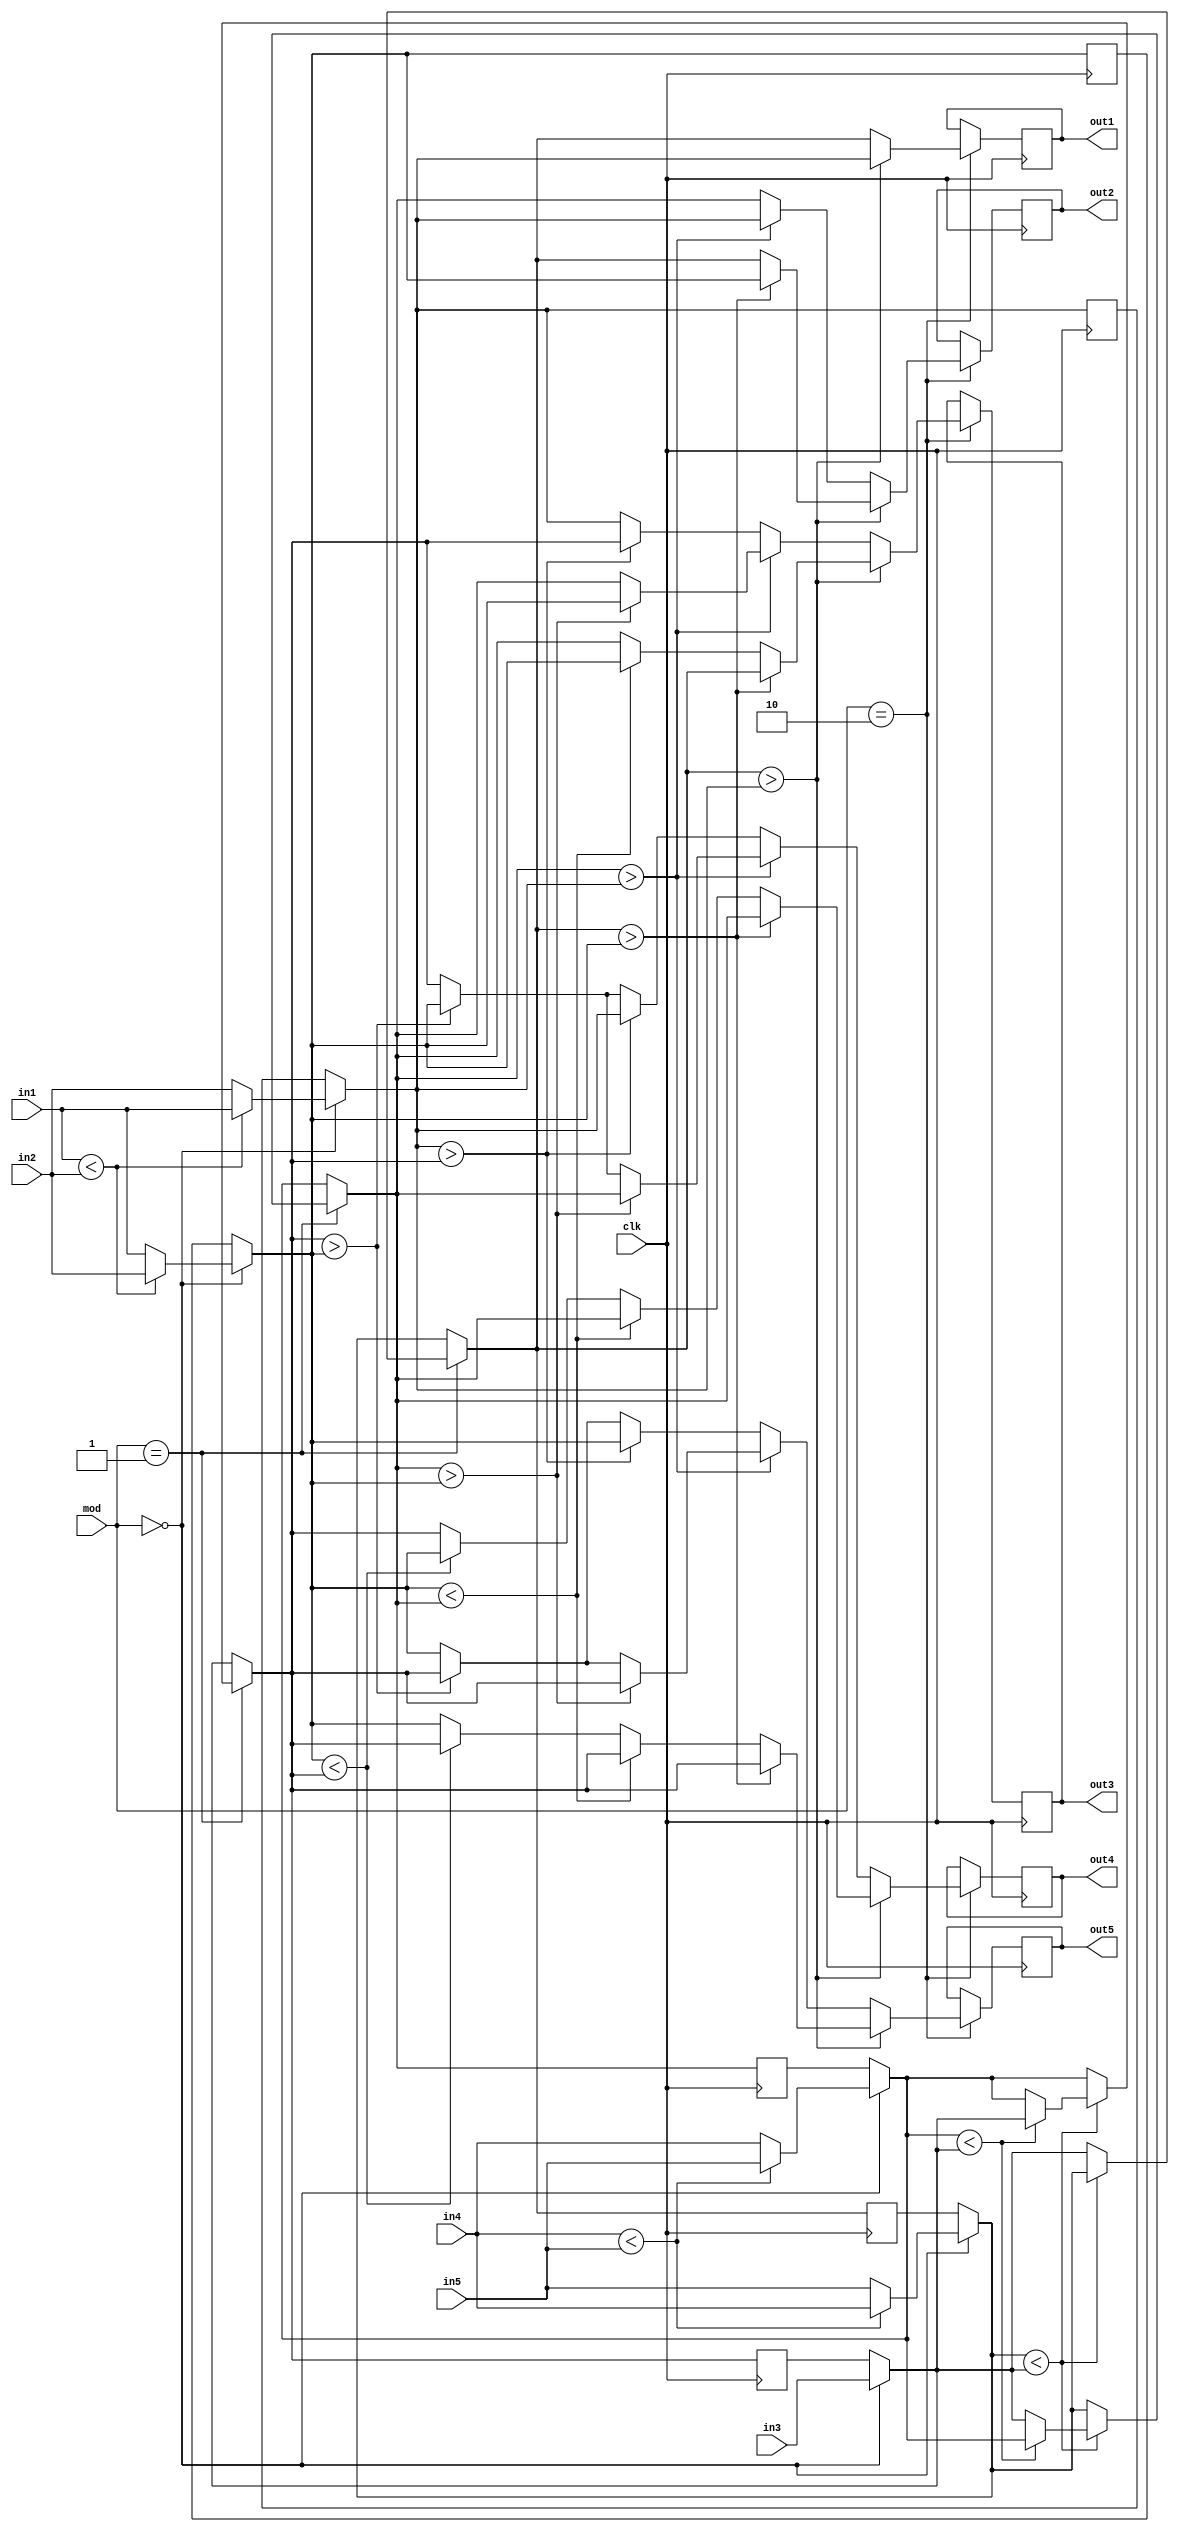
module mrge(
    input [15:0] in1,in2,in3,in4,in5,
    output reg [15:0] out1,out2,out3,out4,out5,
    input [1:0]mod,
  input clk
    );
reg [15:0]dat1,dat2,dat3,dat4,dat5;
reg [15:0]swap1,swap2,swap3,swap4;
reg [15:0] o1,o2,o3,o4,o5;

always @ (posedge(clk))
begin
 if(mod == 2'b00)
 begin
  if(in4<in5)
  begin
   dat1 = in4;
   dat2 = in5;
   dat3 = in3;
  end
  else
  begin
   dat1 = in5;
   dat2 = in4;
   dat3 = in3;
  end
  if(in1<in2)
  begin
   dat4 = in1;
   dat5 = in2;
  end
  else
  begin
   dat4 = in2;
   dat5 = in1;
  end
 end
 if(mod == 2'b01)
 begin
  if(dat1<dat3)
  begin
   if(dat2<dat3)
   begin
    dat1 = dat1;
    dat2 = dat2;
    dat3 = dat3;
   end
   else
   begin
    swap1 = dat3;
    dat3 = dat2;
    dat2 = swap1;
    dat1 = dat1;
   end
  end
  else
  begin
   swap2 = dat1;
   swap3 = dat2;
   dat1 = dat3;
   dat2 = swap2;
   dat3 = swap3;
  end
 end
 if(mod == 2'b10)
 begin
 if(dat1>dat4)
 begin
  out1 = dat4;
  if(dat1>dat5)
  begin
   out2 = dat5;
   out3 = dat1;
   out4 = dat2;
   out5 = dat3;
  end
  else
  begin
   out2 = dat1;
   if(dat5<dat2)
   begin
    out3 = dat5;
    out4 = dat2;
    out5 = dat3;
   end
   else
   begin
    out3 = dat2;
    if(dat5<dat3)
    begin
     out4 = dat5;
     out5 = dat3;
    end
    else
    begin
     out4 = dat3;
     out5 = dat5;
    end
   end
   end
  end
  else
  begin
   out1 = dat1;
   if(dat2>dat4)
   begin
    out2 = dat4;
    if(dat2>dat5)
    begin
     out3 = dat5;
     out4 = dat2;
     out5 = dat3;
    end
    else
    begin
     out3 = dat2;
     if(dat3>dat5)
     begin
      out4 = dat5;
      out5 = dat3;
     end
     else
     begin
      out4 = dat3;
      out5 = dat5;
     end
    end
   end
   else
   begin
    out2 = dat2;
    if(dat4>dat3)
    begin
     out3 = dat3;
     out4 = dat4;
     out5 = dat5;
    end
    else
    begin
     out3 = dat4;
     if(dat3>dat5)
     begin
      out4 = dat5;
      out5 = dat3;
     end
     else
     begin
      out4 = dat3;
      out5 = dat5;
     end
    end
   end
  end
 end
end
endmodule